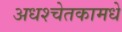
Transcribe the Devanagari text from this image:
अधश्चेतकामधे